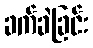
ခက်ခဲခြင်း